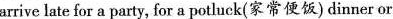
arrive late for a party, for a potluck(家常便饭) dinner or